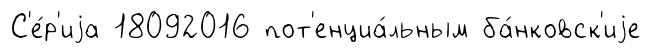
С'е́р'иjа 18092016 пот'енциа́льным ба́нковск'иjе